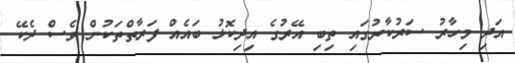
އަދި މިހާރު ސަރުކާރުގައި ތިބި އޭރުގެ އިދިކޮޅު ބައެއް ފަރާތްތަކުން ވެސް ދެކޭ